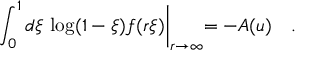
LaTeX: \int _ { 0 } ^ { 1 } d \xi \, \log ( 1 - \xi ) f ( r \xi ) \biggl | _ { r \to \infty } = - A ( u ) \quad .